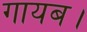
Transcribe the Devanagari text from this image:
गायब।